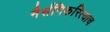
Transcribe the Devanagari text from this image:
नैर्सगिकरित्याच